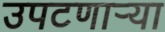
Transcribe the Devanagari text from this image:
उपटणार्‍या